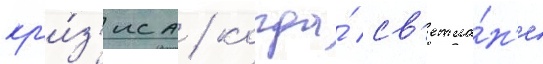
кр'и́з'иса / когда́ св'етла́н'е